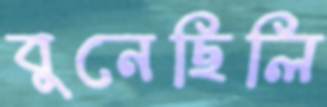
বুনেছিলি